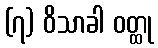
(၇) ဝိသာခါ ဝတ္ထု